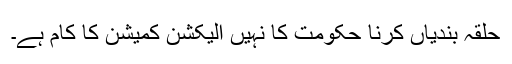
حلقہ بندیاں کرنا حکومت کا نہیں الیکشن کمیشن کا کام ہے۔